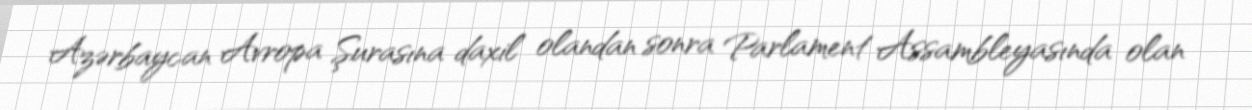
Azərbaycan Avropa Şurasına daxil olandan sonra Parlament Assambleyasında olan